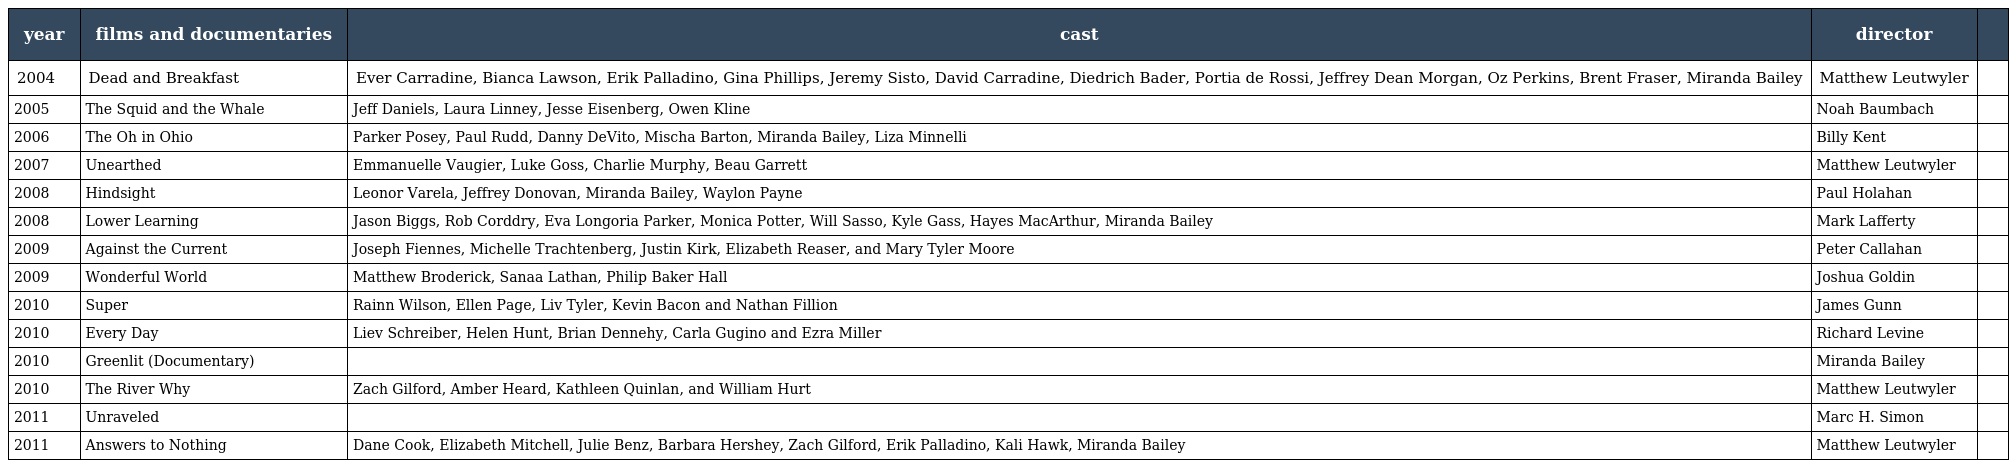
| year | films and documentaries | cast | director |  |
 | --- | --- | --- | --- | --- |
 | 2004 | Dead and Breakfast | Ever Carradine, Bianca Lawson, Erik Palladino, Gina Phillips, Jeremy Sisto, David Carradine, Diedrich Bader, Portia de Rossi, Jeffrey Dean Morgan, Oz Perkins, Brent Fraser, Miranda Bailey | Matthew Leutwyler |  |
 | 2005 | The Squid and the Whale | Jeff Daniels, Laura Linney, Jesse Eisenberg, Owen Kline | Noah Baumbach |  |
 | 2006 | The Oh in Ohio | Parker Posey, Paul Rudd, Danny DeVito, Mischa Barton, Miranda Bailey, Liza Minnelli | Billy Kent |  |
 | 2007 | Unearthed | Emmanuelle Vaugier, Luke Goss, Charlie Murphy, Beau Garrett | Matthew Leutwyler |  |
 | 2008 | Hindsight | Leonor Varela, Jeffrey Donovan, Miranda Bailey, Waylon Payne | Paul Holahan |  |
 | 2008 | Lower Learning | Jason Biggs, Rob Corddry, Eva Longoria Parker, Monica Potter, Will Sasso, Kyle Gass, Hayes MacArthur, Miranda Bailey | Mark Lafferty |  |
 | 2009 | Against the Current | Joseph Fiennes, Michelle Trachtenberg, Justin Kirk, Elizabeth Reaser, and Mary Tyler Moore | Peter Callahan |  |
 | 2009 | Wonderful World | Matthew Broderick, Sanaa Lathan, Philip Baker Hall | Joshua Goldin |  |
 | 2010 | Super | Rainn Wilson, Ellen Page, Liv Tyler, Kevin Bacon and Nathan Fillion | James Gunn |  |
 | 2010 | Every Day | Liev Schreiber, Helen Hunt, Brian Dennehy, Carla Gugino and Ezra Miller | Richard Levine |  |
 | 2010 | Greenlit (Documentary) |  | Miranda Bailey |  |
 | 2010 | The River Why | Zach Gilford, Amber Heard, Kathleen Quinlan, and William Hurt | Matthew Leutwyler |  |
 | 2011 | Unraveled |  | Marc H. Simon |  |
 | 2011 | Answers to Nothing | Dane Cook, Elizabeth Mitchell, Julie Benz, Barbara Hershey, Zach Gilford, Erik Palladino, Kali Hawk, Miranda Bailey | Matthew Leutwyler |  |